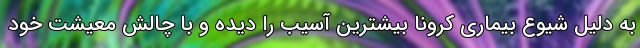
به دلیل شیوع بیماری کرونا بیشترین آسیب را دیده و با چالش معیشت خود